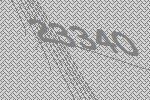
23340